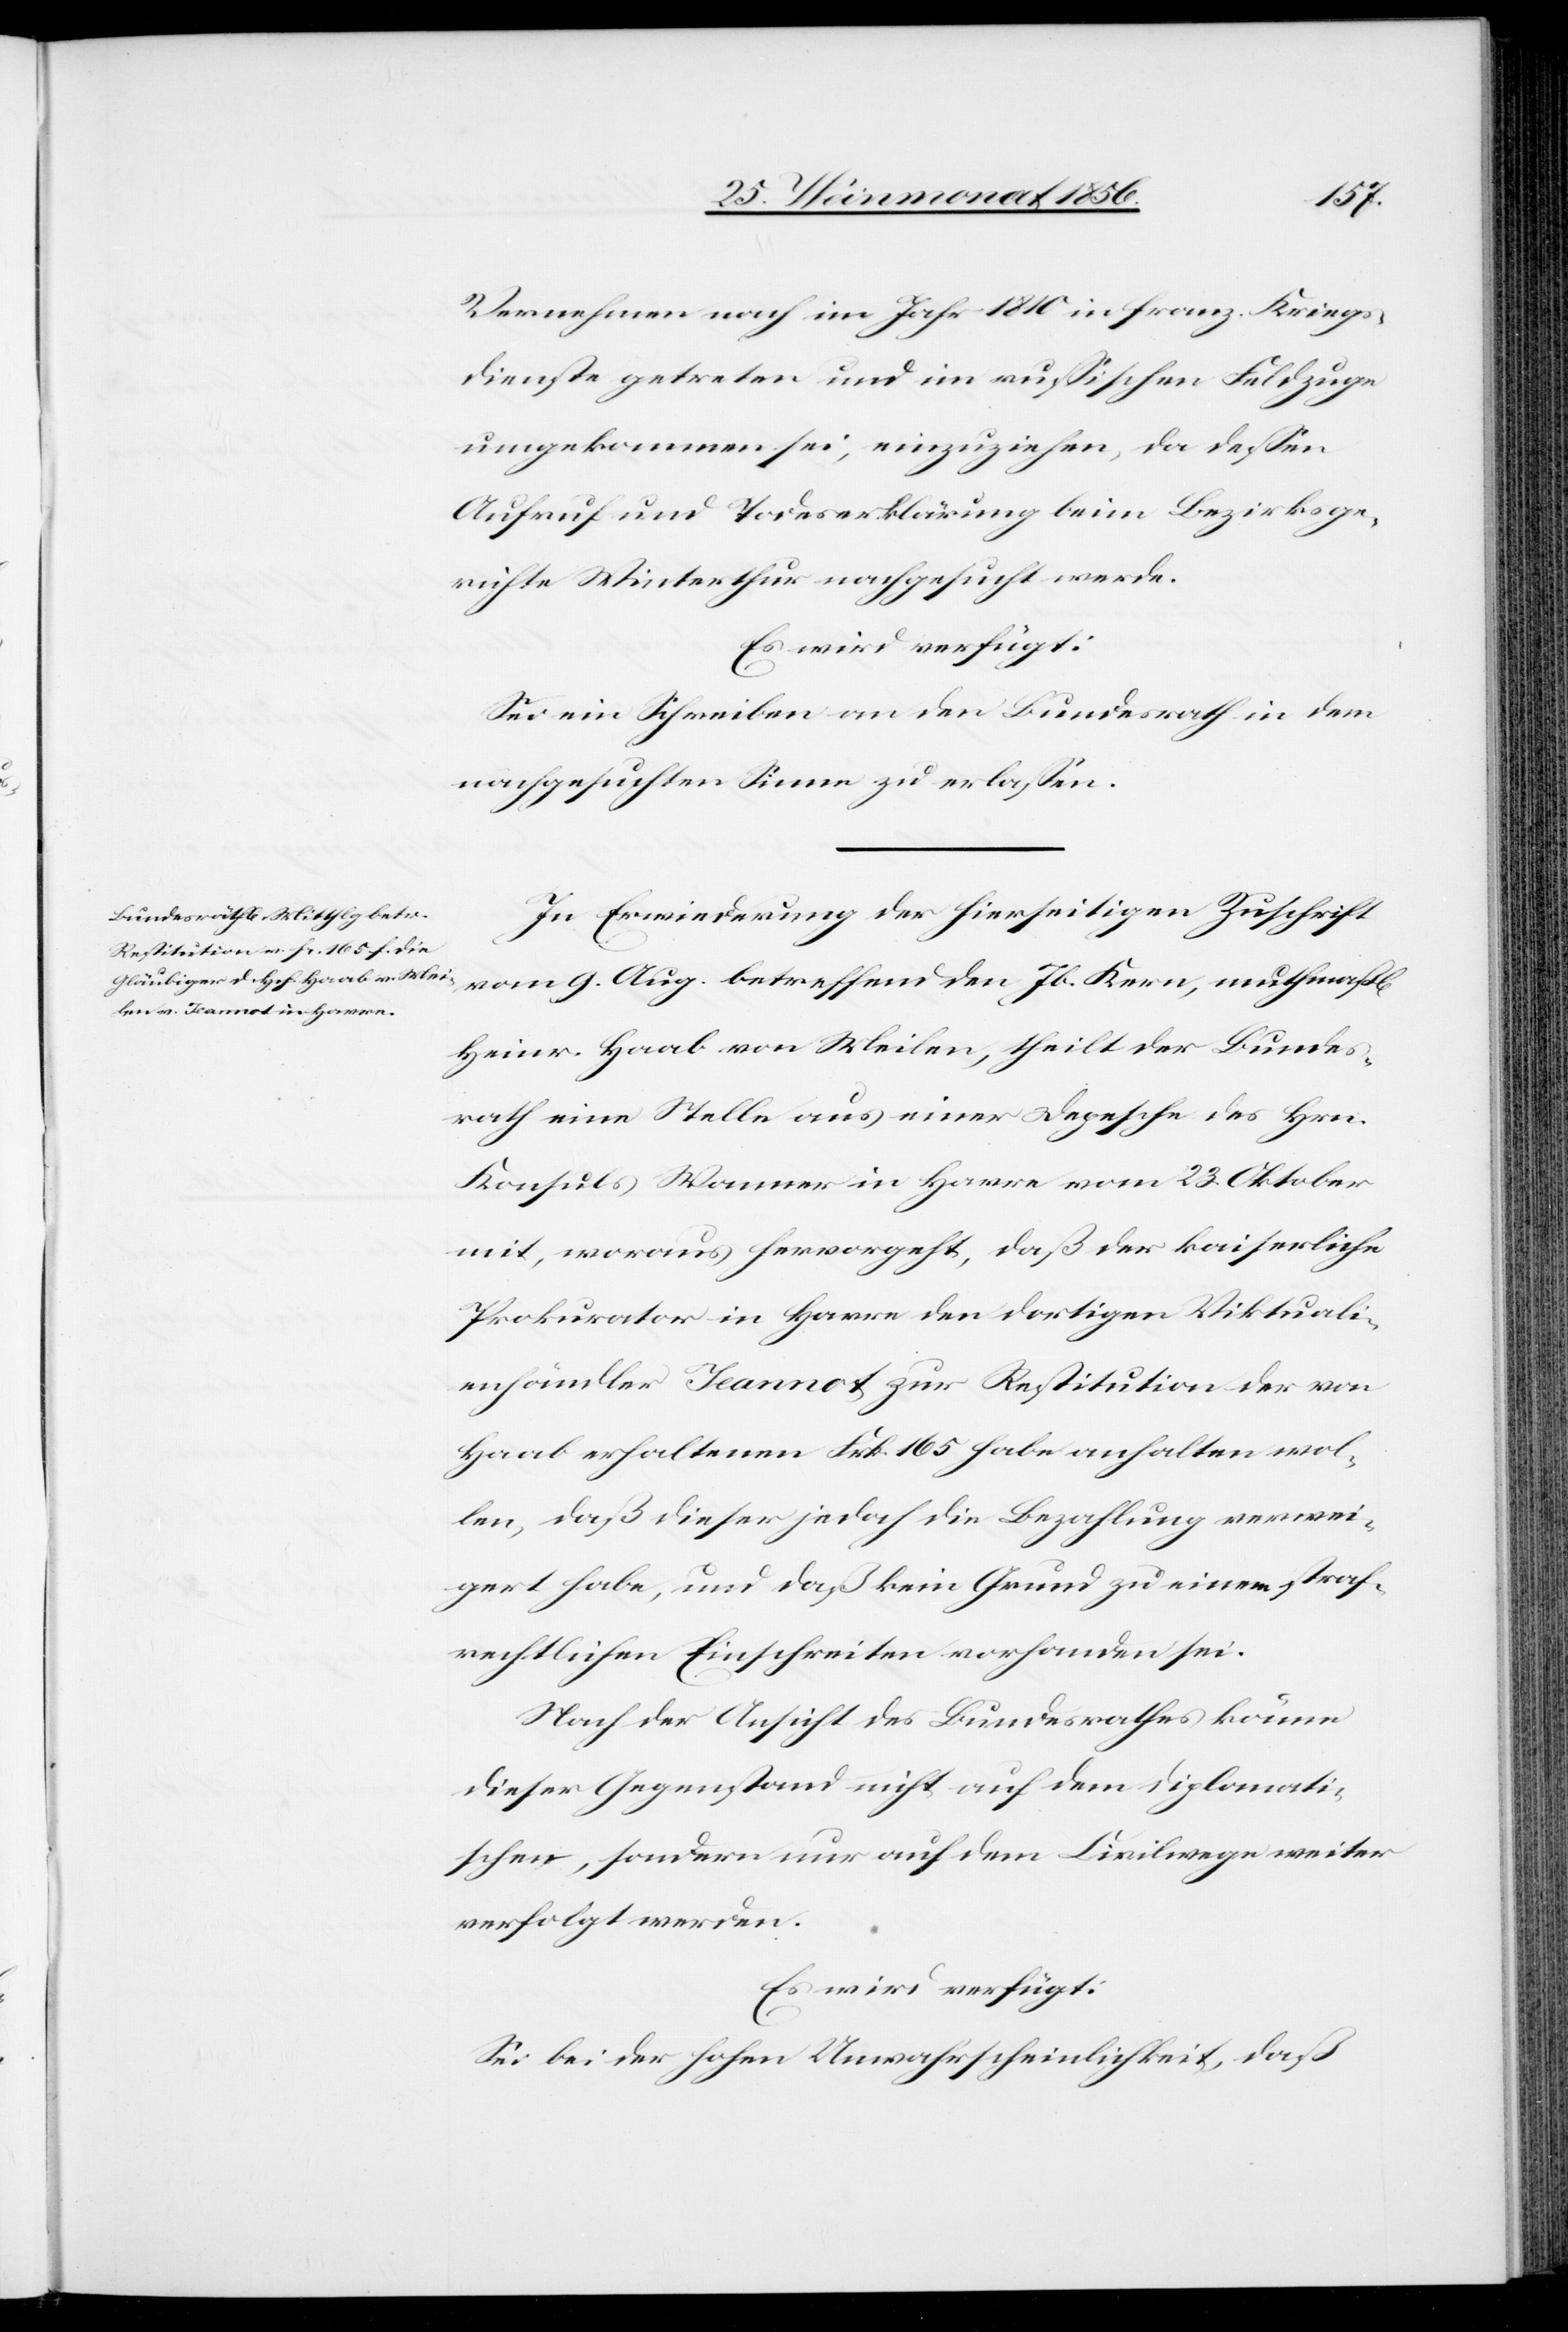
29. Weinmonat 1856.]
cher]
Vernehmen nach im Jahr 1810 in franz. Kriegs¬
dienste getreten und im russischen Feldzuge
umgekommen sei, einzuziehen, da dessen
Aufruf und Todeserklärung beim Bezirksge¬
richte Winterthur nachgesucht werde.
Es wird verfügt:
Sei ein Schreiben an den Bundesrath in dem
nachgesuchten Sinne zu erlassen.
In Erwiederung der hierseitigen Zuschrift
vom 9. Aug. betreffend den Jb. Kern, muthmaßl[i¬
Heinr. Haab von Meilen, theilt der Bundes¬
rath eine Stelle aus einer Depesche des Hrn.
Konsuls Wanner in Havre vom 23. Oktober
mit, woraus hervorgeht, daß der kaiserliche
Prokurator in Havre den dortigen Viktuali¬
enhändler Jeannot zur Restitution der von
Haab erhaltenen Frk. 165 habe anhalten wol¬
len, daß dieser jedoch die Bezahlung verwei¬
gert habe, und daß kein Grund zu einem straf¬
rechtlichen Einschreiten vorhanden sei.
Nach der Ansicht des Bundesrathes könne
dieser Gegenstand nicht auf dem diplomati¬
schen, sondern nur auf dem Civilwege weiter
verfolgt werden.
Es wird verfügt:
Sei bei der hohen Unwahrscheinlichkeit, daß